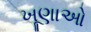
ખૂણાઓ